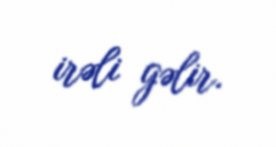
irəli gəlir.